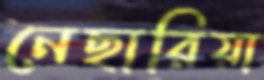
নেছারিয়া